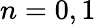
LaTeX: n=0,1